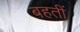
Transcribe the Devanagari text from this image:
बहतीं